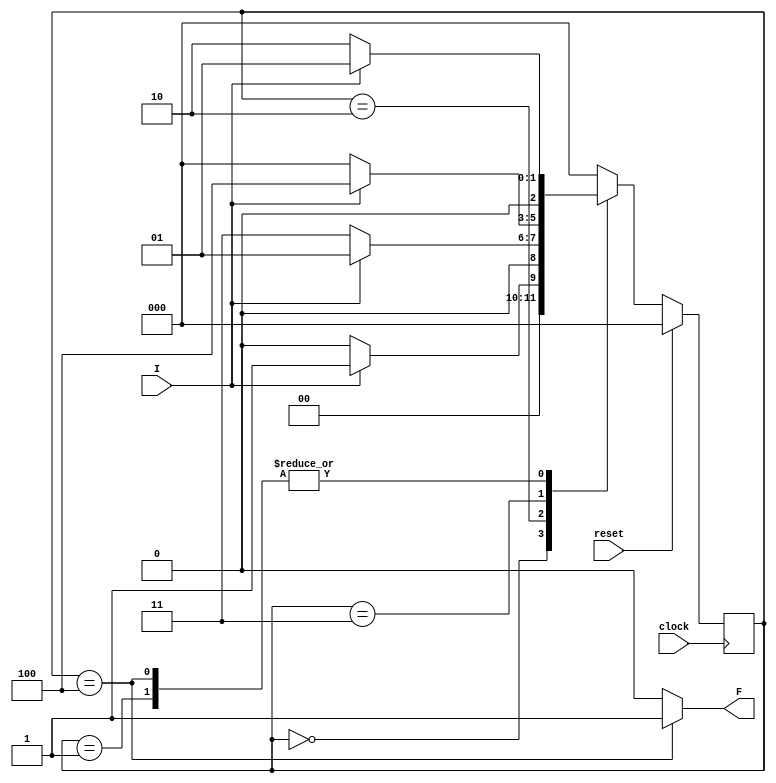
module FSM(I,clock,reset,F);
input clock;
input reset;
input I;
output reg F;

parameter
S0=3'b000,
S1=3'b001,
S2=3'b010,
S3=3'b011,
S4=3'b100;

reg [2:0] CS, NS;

always @(posedge clock)
begin
if (reset==1)
CS <= S0;
else
CS <=NS;
end

always @(CS,I)
begin
	case(CS)
	S0:begin
	if (I==1)
		NS = S1;
	
	else
		NS=S0;
	end

	S1:begin
	if (I==1)
		NS = S1;
	
	else
		NS=S2;
	end
	
	S2:begin
	if (I==1)
		NS = S1;
	
	else
		NS=S3;
	end	
	S3:begin
	if (I==1)
		NS = S4;
	
	else
		NS=S0;
	end
		
	S4:begin
	if (I==1)
		NS = S1;
	
	else
		NS=S2;
	end
	
	default:NS = S0;
	endcase
	
	if (CS==S4)
		F = 1;
	else
		F = 0;
	end
	endmodule